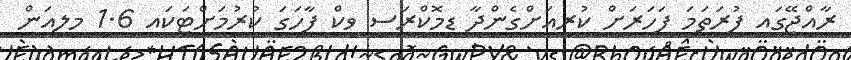
ރާއްޖޭގައި ފުރަތަމަ ފަހަރަށް ކުރިއަށްގެންދާ ޑިމޮކްރަސީ ވީކް ފާހަގަ ކުރުމަށްޓަކައި 1.6 މިލިއަން